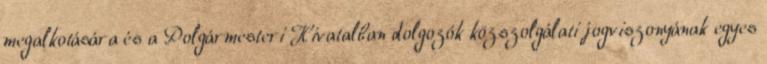
megalkotására és a Polgármesteri Hivatalban dolgozók közszolgálati jogviszonyának egyes